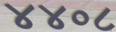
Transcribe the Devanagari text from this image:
४४०८